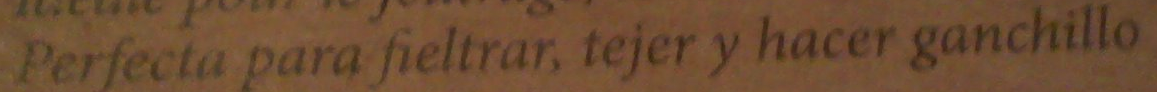
Perfecta para fieltrar, tejer y hacer ganchillo